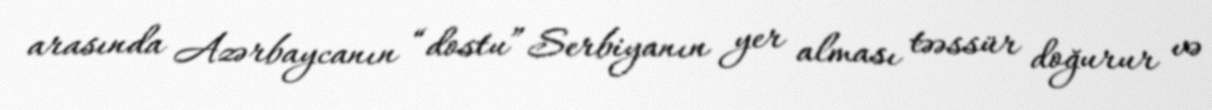
arasında Azərbaycanın “dostu” Serbiyanın yer alması təəssür doğurur və